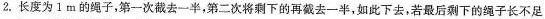
2.长度为1m的绳子，第一次截去一半，第二次将剩下的再截去一半，如此下去，若最后剩下的绳子长不足